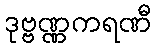
ဒုဗ္ဗဏ္ဏကရဏီ